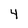
Character: 4